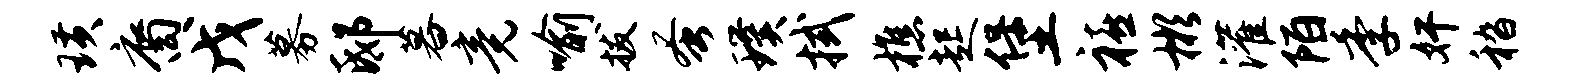
璜裔戊募邸暮竟喻拔蚤璞拭樵起堡禧彬灌陌季奸嵇